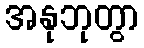
အနုဘုတွာ